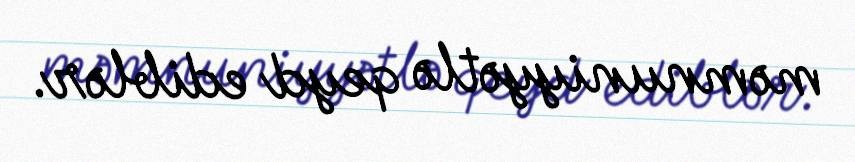
məmnuniyyətlə qeyd ediblər.